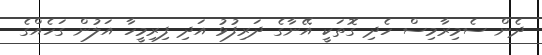
ދެން ސެމިރާމިސް ހެދި ގޮތަކީ އޭނާގެ ދަރިފުޅު އަދި ފިރިމީހާ އަލުން ގަހެއްގެ